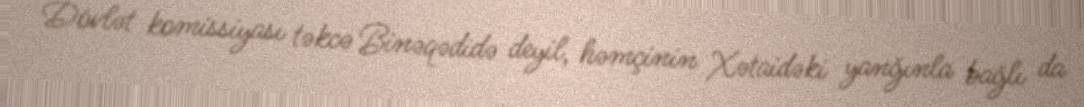
Dövlət komissiyası təkcə Binəqədidə deyil, həmçinin Xətaidəki yanğınla bağlı da